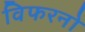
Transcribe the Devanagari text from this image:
विफरनो